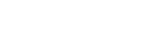
ထောင်စုဝန်ကြီး